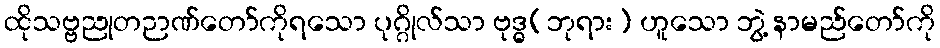
ထိုသဗ္ဗညုတဉာဏ်တော်ကိုရသော ပုဂ္ဂိုလ်သာ ဗုဒ္ဓ(ဘုရား) ဟူသော ဘွဲ့ နာမည်တော်ကို